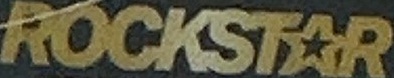
ROCKSTAR